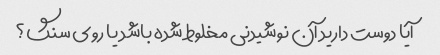
آیا دوست دارید آن نوشیدنی مخلوط شده باشد یا روی سنگ؟